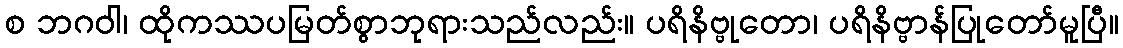
စ ဘဂဝါ၊ ထိုကဿပမြတ်စွာဘုရားသည်လည်း။ ပရိနိဗ္ဗုတော၊ ပရိနိဗ္ဗာန်ပြုတော်မူပြီ။